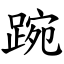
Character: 踠